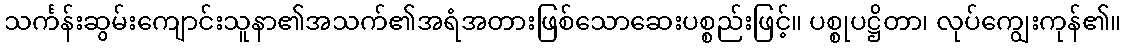
သင်္ကန်းဆွမ်းကျောင်းသူနာ၏အသက်၏အရံအတားဖြစ်သောဆေးပစ္စည်းဖြင့်။ ပစ္စုပဋ္ဌိတာ၊ လုပ်ကျွေးကုန်၏။